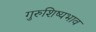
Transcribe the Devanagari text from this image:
गुरुशिष्यभाव